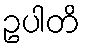
ဥပါတိ